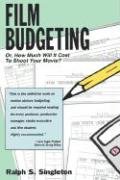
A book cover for Film Budgeting: Or How Much Will It Cost to Shoot Your Movie?; Ralph S. Singleton; Humor & Entertainment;